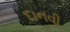
દાનવી